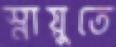
স্নায়ুতে